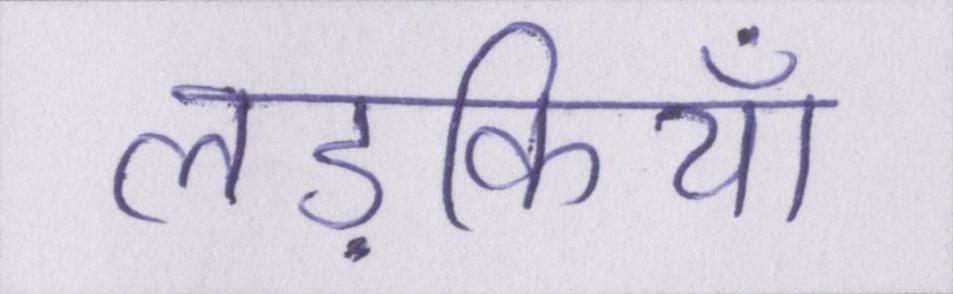
लड़कियाँ